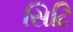
સિટિ